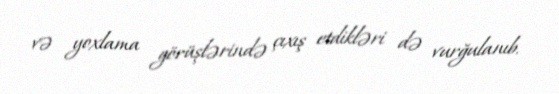
və yoxlama görüşlərində çıxış etdikləri də vurğulanıb.